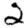
Digit: 2